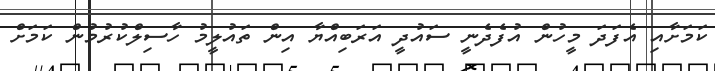
ކަމަށާއި އެފަދަ މީހުން އުފެދެނީ ސައުދީ އަރަބިއްޔާ އިން ތައުލީމު ހާސިލްކުރުމުން ކަމަށް